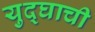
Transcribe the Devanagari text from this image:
युद्घाची